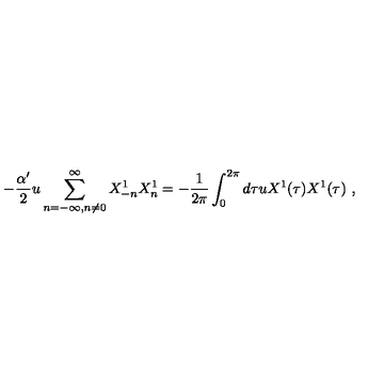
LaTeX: - \frac { \alpha ^ { \prime } } { 2 } u \sum _ { n = - \infty , n \neq 0 } ^ { \infty } X _ { - n } ^ { 1 } X _ { n } ^ { 1 } = - \frac { 1 } { 2 \pi } \int _ { 0 } ^ { 2 \pi } d \tau u X ^ { 1 } ( \tau ) X ^ { 1 } ( \tau ) \ ,